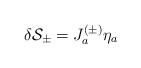
LaTeX: \begin{align*}\delta {\cal S}_{\pm}=J_a^{(\pm)}\eta_a \end{align*}